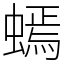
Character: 䗡